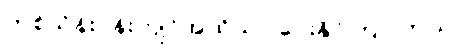
တစ်သိန်းဝန်းကျင်အထိသာ ပေးနိုင်ကြပါတယ်။